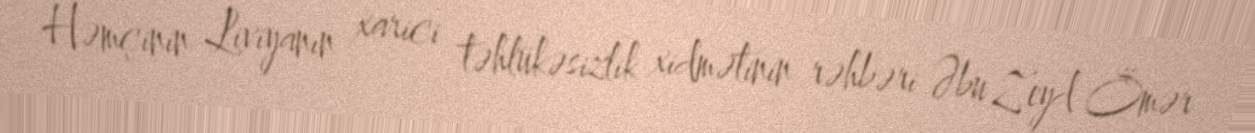
Həmçinin Liviyanın xarici təhlükəsizlik xidmətinin rəhbəri Əbu Zeyd Ömər